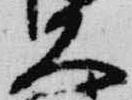
大